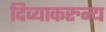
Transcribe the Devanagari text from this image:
दिव्याकरुन्य